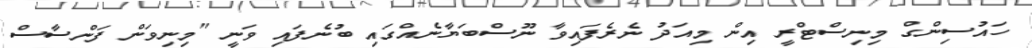
ހައުސިންގް މިނިސްޓްރީ އިން މިއަދު ނެރެފައިވާ ނޫސްބަޔާނެއްގައި ބުނެފައި ވަނީ "މިނިވަން ފަންސާސް